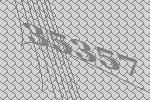
35357